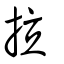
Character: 拉